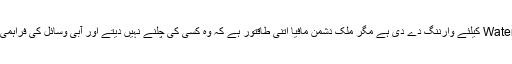
عالمی اداروں اور ماہرین نے پاکستان کو Water Stressed کیلئے وارننگ دے دی ہے مگر ملک دشمن مافیا اتنی طاقتور ہے کہ وہ کسی کی چلنے نہیں دیتے اور آبی وسائل کی فراہمی ہر نئے سال مشکل ترین مرحلے میں داخل ہو رہی ہے۔